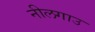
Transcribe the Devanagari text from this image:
नीलगाउ